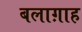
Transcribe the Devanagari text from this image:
बलाग़ाह